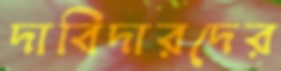
দাবিদারদের